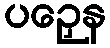
ပဉှေန